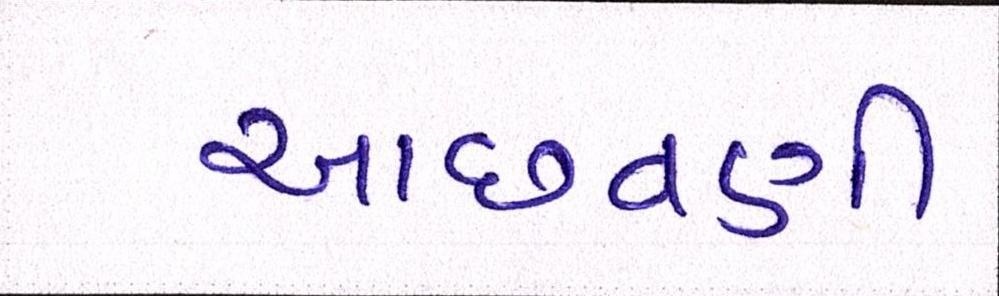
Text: આછવણી